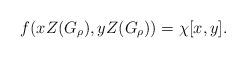
LaTeX: \begin{align*}f (x Z(G_\rho), y Z(G_\rho)) = \chi [x, y].\end{align*}